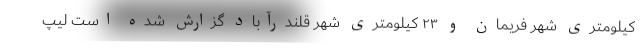
کیلومتری شهر فریمان و ۲۳ کیلومتری شهر قلندرآباد گزارش شده است لیپ